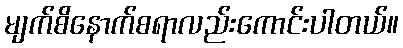
မျက်စိနောက်စရာလည်းကောင်းပါတယ်။